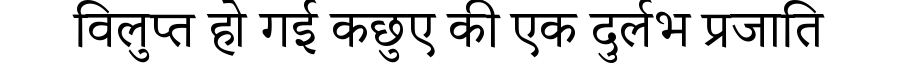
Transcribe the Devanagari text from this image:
विलुप्त हो गई कछुए की एक दुर्लभ प्रजाति